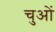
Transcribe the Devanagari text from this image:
चुओं